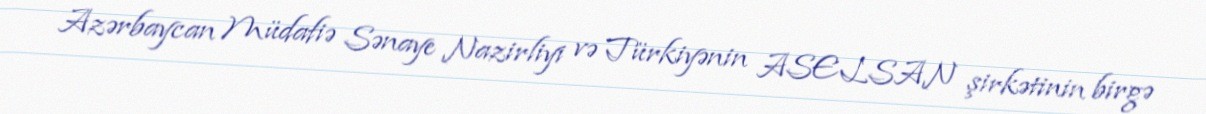
Azərbaycan Müdafiə Sənaye Nazirliyi və Türkiyənin ASELSAN şirkətinin birgə